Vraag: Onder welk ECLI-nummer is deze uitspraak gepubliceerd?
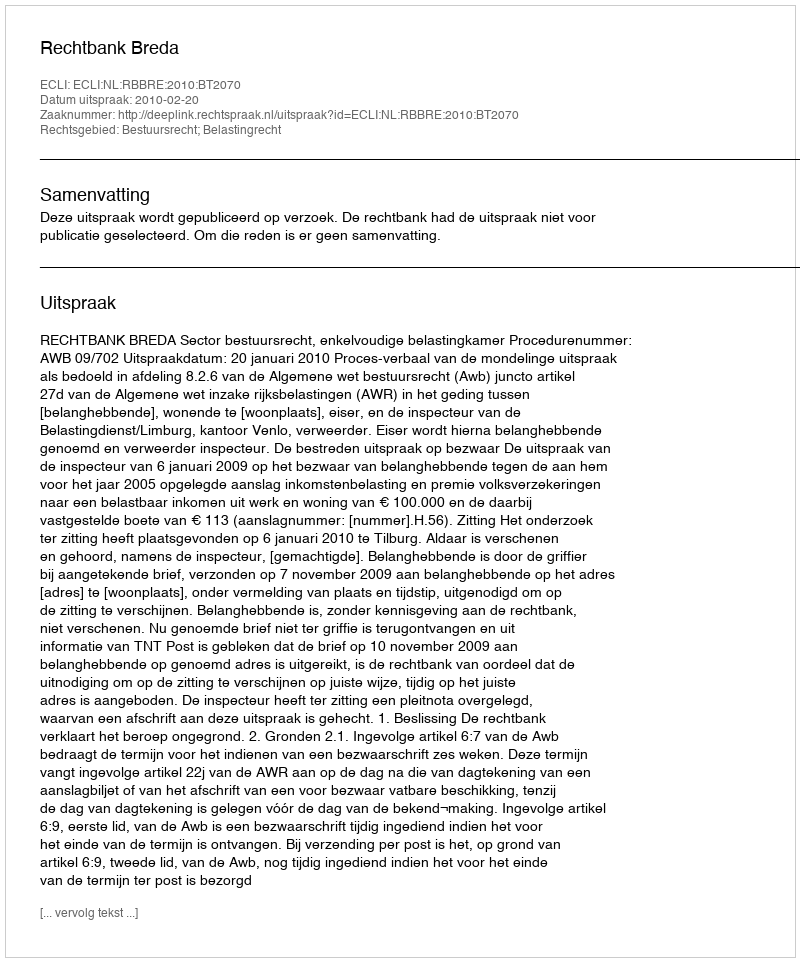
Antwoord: ECLI:NL:RBBRE:2010:BT2070